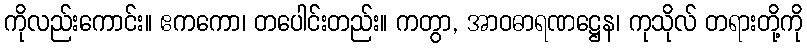
ကိုလည်းကောင်း။ ဧကကော၊ တပေါင်းတည်း။ ကတွာ, အာဝဓာရဏဋ္ဌေန၊ ကုသိုလ် တရားတို့ကို